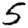
Digit: 5